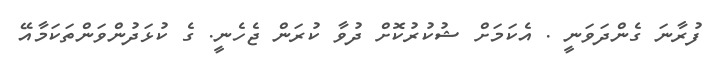
ފުރާނަ ގެންދަަވަނީ . އެކަމަށް ޝުކުރުކޮށް ދުވާ ކުރަން ޖެހެނީ. ގެ ކުޅަދުންވަންތަކަމާއޭ